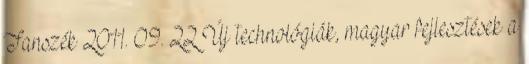
Tanszék 2011. 09. 22 Új technológiák, magyar fejlesztések a